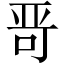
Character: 𱒭